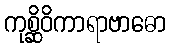
ကုစ္ဆိဝိကာရာဗာဓော